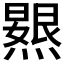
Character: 𭶐